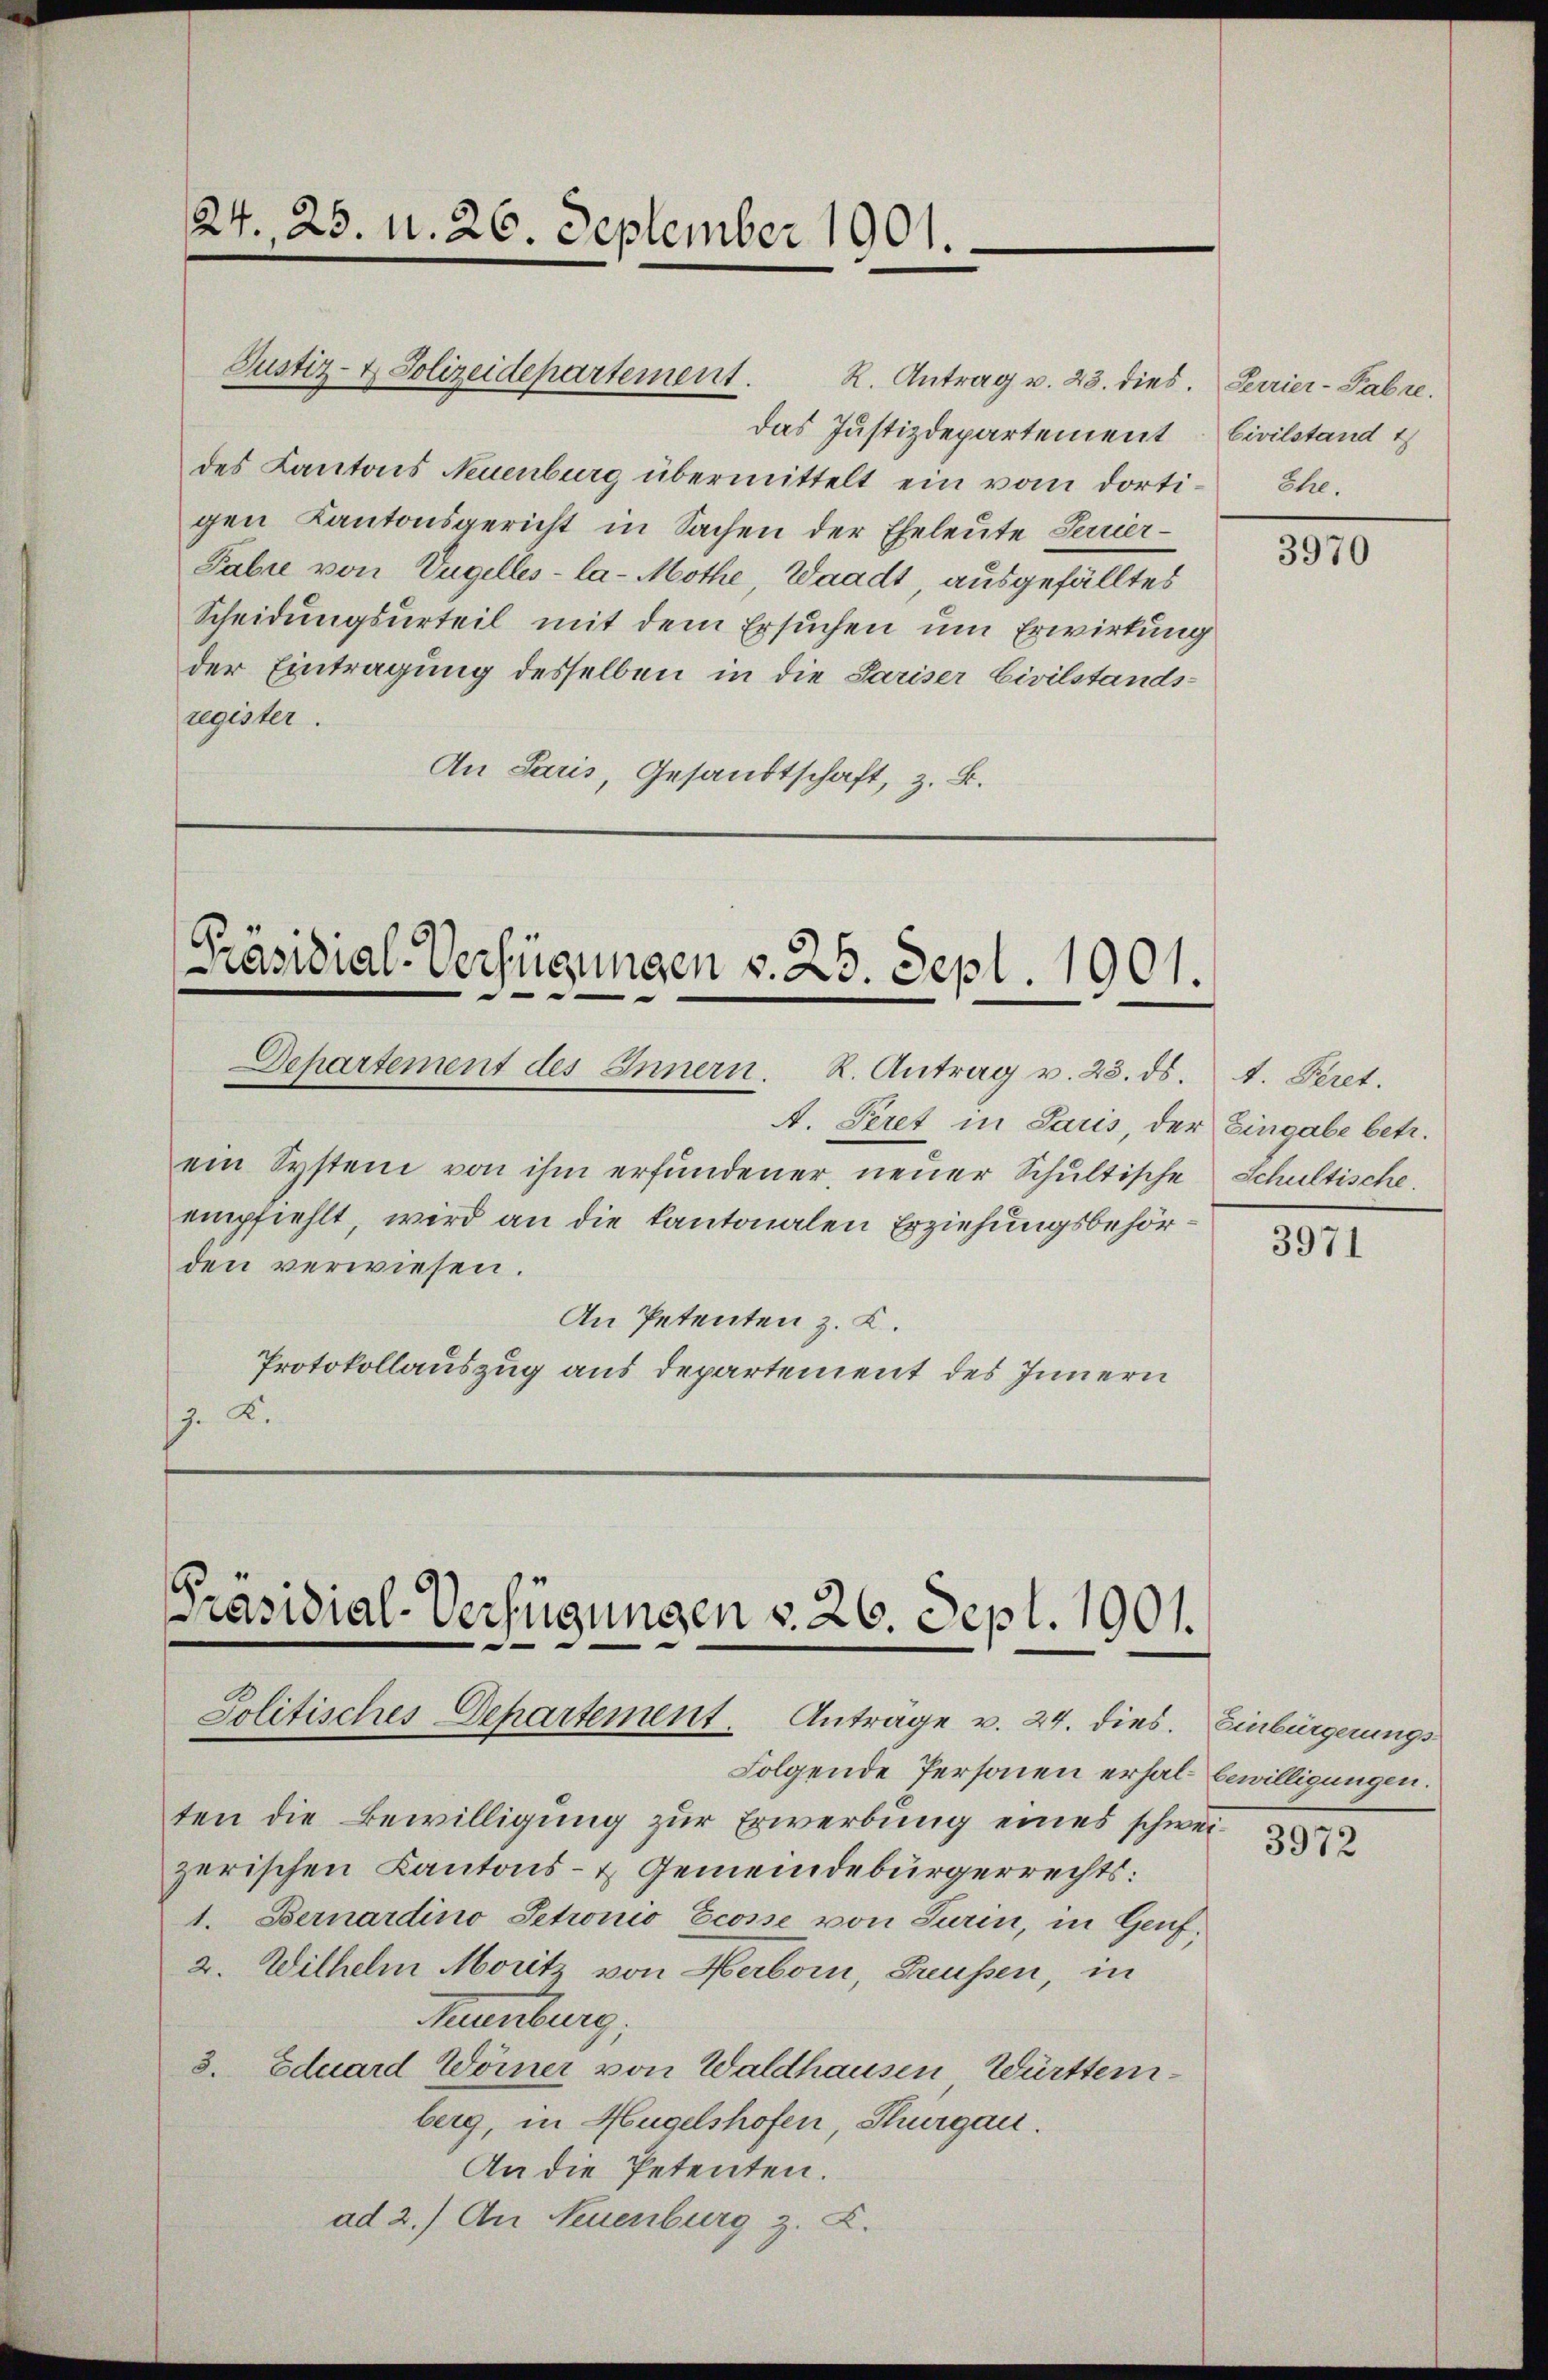
24. 25. N. 26. September 1901.

Justiz- & Polizeidepartement. K. Antrag u. 23. dies. Perrier-Pabre

das Justizdepartement Civilstand t
des Kantons Neuenburg übermittelt ein vom dortigen Kantonsgericht in Sachen der Eheleute Servier¬
Tabie von Vngelles-la-Mothe, Waadt ausgefälltes
Scheidungsurteil mit dem Ersuchen um Erwirkung
der Eintragung desselben in die Pariser Civilstands-
register.
An Paris, Gesandtschaft, z. B.

Präsidial-Verfügungen v. 25. Sept. 1901.
Departement des Innern. R. Antrag v. 23. ds. 1. Peret.

A. Peret in Paris, der Eingabe betr.
ein System von ihm erfundener, neuer Schultische Schultische.
empfiehlt, wird an die kantonalen Erziehungsbehörden verwiesen.
An Petenten z. B.
Protokollauszug aus Departement des Innern
J. K.

Präsidial-Verfügungen v. 26. Sept. 1901.
Jolitisches Departement. Anträge v. 24. dies. Einbürgerungs¬

Folgende Personen erhal bewilligungen.
ten die Bewilligung zur Erwerbung eines schweizerischen Kantons- & Gemeindebürgerrechts:
1. Bernardino Petronio Ecosse von Turin, in Genf,
2. Wilhelm Morit von Herborn, Greußen, in
Maumburg,
3. Eduard Wörner von Waldhausen Württemberg, in Hügelshofen, Thurgau
An die Petenten.
ad 2.) An Neuenburg z. Z.

Ehe.

3970

3971

3972